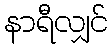
နာရီလျှင်